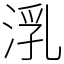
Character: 㳶